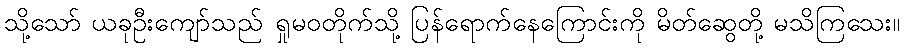
သို့သော် ယခုဦးကျော်သည် ရှုမဝတိုက်သို့ ပြန်ရောက်နေကြောင်းကို မိတ်ဆွေတို့ မသိကြသေး။